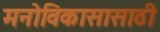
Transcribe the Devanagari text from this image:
मनोविकासासाठी